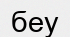
беу